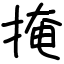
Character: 掩